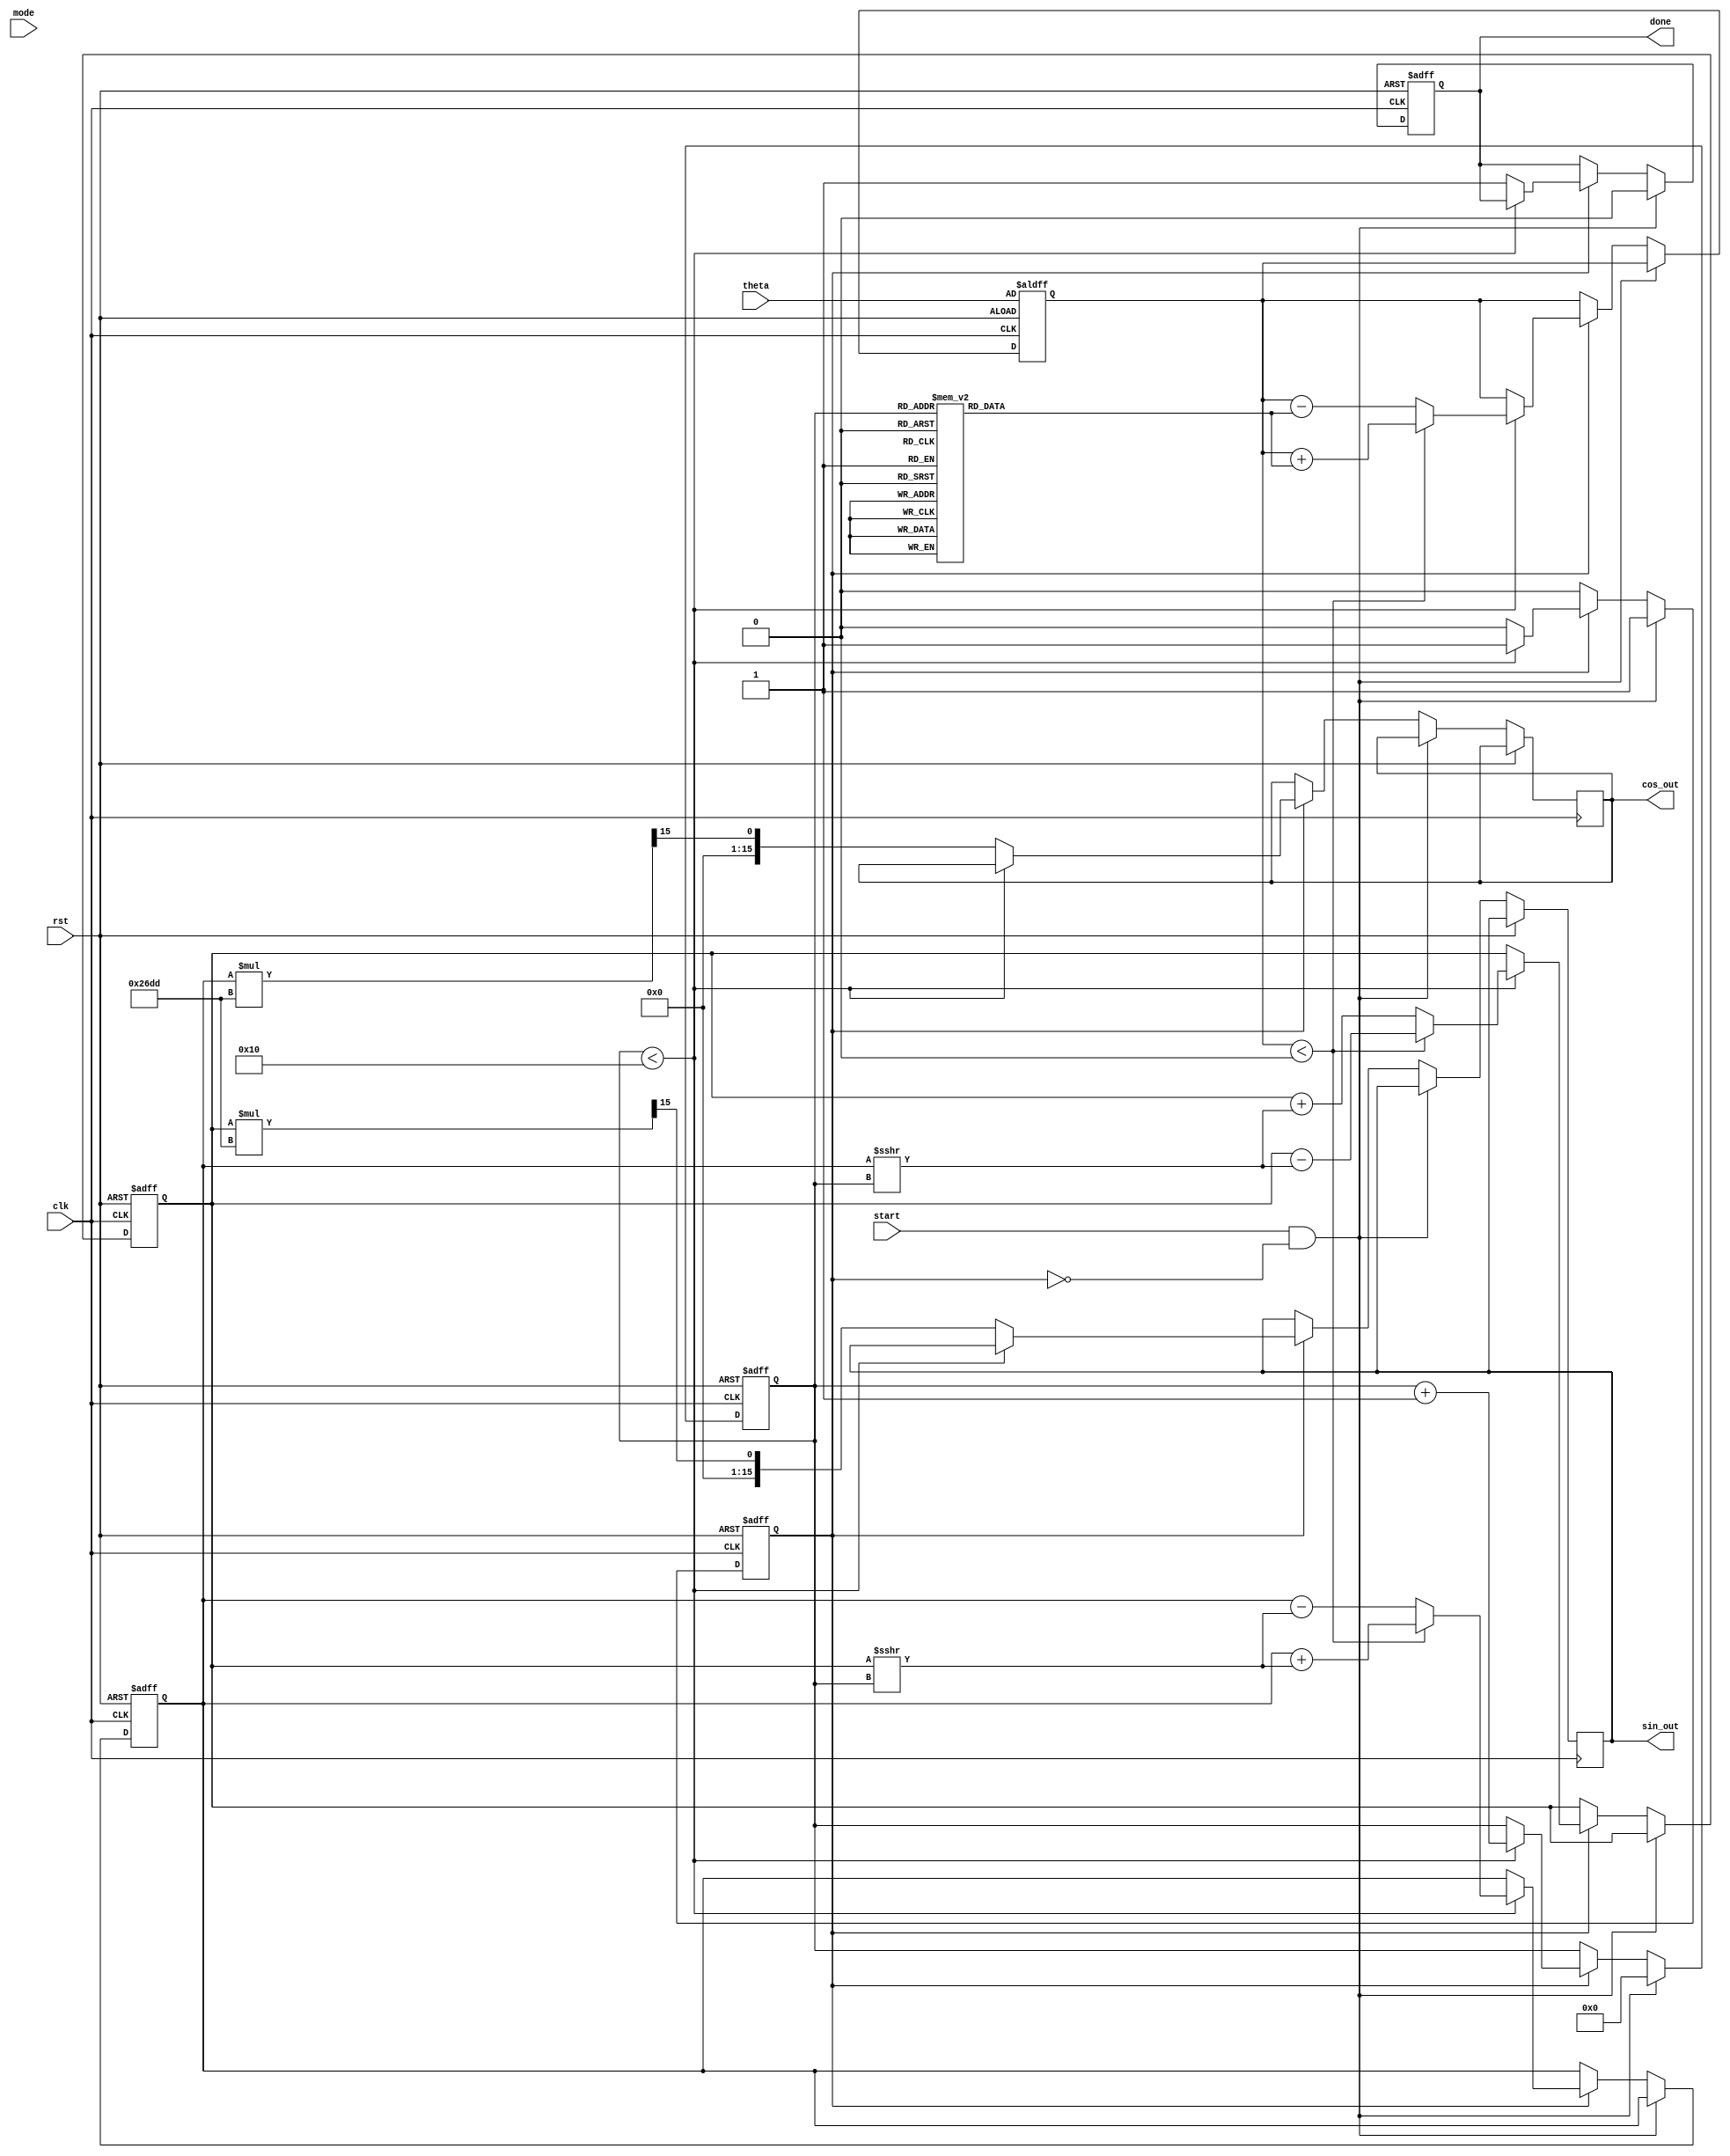
module cordic (
    input wire clk,
    input wire rst,
    input wire [15:0] theta, // Fixed-point representation of the angle (in radians)
    input wire mode,         // Mode select: 0 for rotation, 1 for vectoring
    input wire start,        // Start signal for the CORDIC operation
    output reg [15:0] sin_out, // Sine output
    output reg [15:0] cos_out, // Cosine output
    output reg done          // Done signal
);

// Parameters
parameter NUM_ITERATIONS = 16; // Number of iterations for CORDIC
parameter LUT_WIDTH = 16; // Width of LUT for arctan values
parameter CORDIC_GAIN = 16'h26DD; // Scaling factor (fixed-point)

// Lookup table for arctangent values (precomputed)
reg [LUT_WIDTH-1:0] atan_table [0:NUM_ITERATIONS-1];
initial begin
    // Fill with precomputed arctangent values for each iteration
    atan_table[0] = 16'h2000; // atan(2^-0) in fixed-point
    atan_table[1] = 16'h1000; // atan(2^-1)
    atan_table[2] = 16'h0800; // atan(2^-2)
    atan_table[3] = 16'h0400; // atan(2^-3)
    atan_table[4] = 16'h0200; // atan(2^-4)
    atan_table[5] = 16'h0100; // atan(2^-5)
    atan_table[6] = 16'h0080; // atan(2^-6)
    atan_table[7] = 16'h0040; // atan(2^-7)
    atan_table[8] = 16'h0020; // atan(2^-8)
    atan_table[9] = 16'h0010; // atan(2^-9)
    atan_table[10] = 16'h0008; // atan(2^-10)
    atan_table[11] = 16'h0004; // atan(2^-11)
    atan_table[12] = 16'h0002; // atan(2^-12)
    atan_table[13] = 16'h0001; // atan(2^-13)
    atan_table[14] = 16'h0000; // atan(2^-14)
    atan_table[15] = 16'hFFFF; // atan(2^-15)
end

// Internal registers
reg [15:0] x, y, z; // x, y coordinates and z angle
reg [3:0] count;    // Iteration counter
reg running;        // Indicates if the CORDIC is running

// CORDIC algorithm
always @(posedge clk or posedge rst) begin
    if (rst) begin
        x <= 16'h26DD; // Initial x = K (scaling factor)
        y <= 16'h0000; // Initial y = 0
        z <= theta;    // Angle input
        count <= 0;    // Reset counter
        running <= 0;   // Not running
        done <= 0;     // Not done
    end else if (start && !running) begin
        running <= 1;    // Start CORDIC operation
        count <= 0;      // Reset counter
        done <= 0;       // Reset done signal
    end else if (running) begin
        if (count < NUM_ITERATIONS) begin
            // Determine the direction of rotation
            if (z < 0) begin
                // Rotate in the negative direction
                x <= x + (y >>> count);
                y <= y - (x >>> count);
                z <= z + atan_table[count];
            end else begin
                // Rotate in the positive direction
                x <= x - (y >>> count);
                y <= y + (x >>> count);
                z <= z - atan_table[count];
            end
            count <= count + 1; // Increment iteration count
        end else begin
            running <= 0; // Finish operation
            done <= 1;    // Set done signal
            // Scale the results
            sin_out <= y * CORDIC_GAIN >>> 15; // Scale and format sine output
            cos_out <= x * CORDIC_GAIN >>> 15; // Scale and format cosine output
        end
    end
end

endmodule